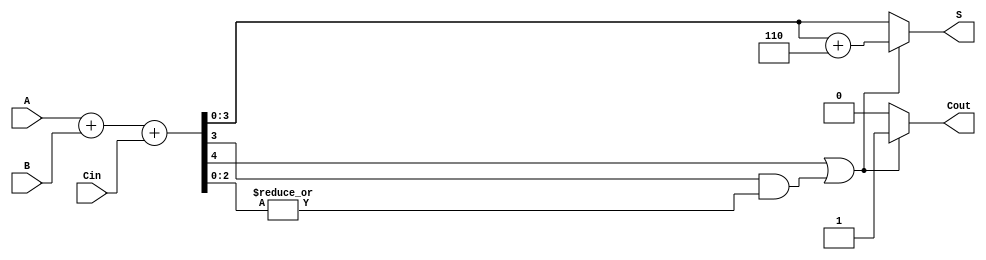
module BCD_Hybrid_Adder (
    input  [3:0] A,      // First BCD digit
    input  [3:0] B,      // Second BCD digit
    input        Cin,     // Carry input
    output reg [3:0] S,   // BCD result output
    output reg Cout       // Carry output
);

    wire [4:0] Sum;       // 5-bit sum to accommodate carry
    wire BCD_Correction;   // Indicator for BCD correction

    // Calculate the binary sum
    assign Sum = A + B + Cin;

    // Determine if BCD correction is necessary (if Sum > 9)
    assign BCD_Correction = Sum[4] | (Sum[3] & |Sum[2:0]);

    always @(*) begin
        if (BCD_Correction) begin
            // If correction is needed, add 6 (0110) to Sum
            S = Sum[3:0] + 4'b0110;
            Cout = 1; // Set carry-out to 1
        end else begin
            // No correction needed
            S = Sum[3:0];
            Cout = 0; // No carry-out
        end
    end

endmodule